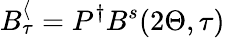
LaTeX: B_{\tau}^{\langle}=P^{\dagger}B^{s}(2\Theta,\tau)